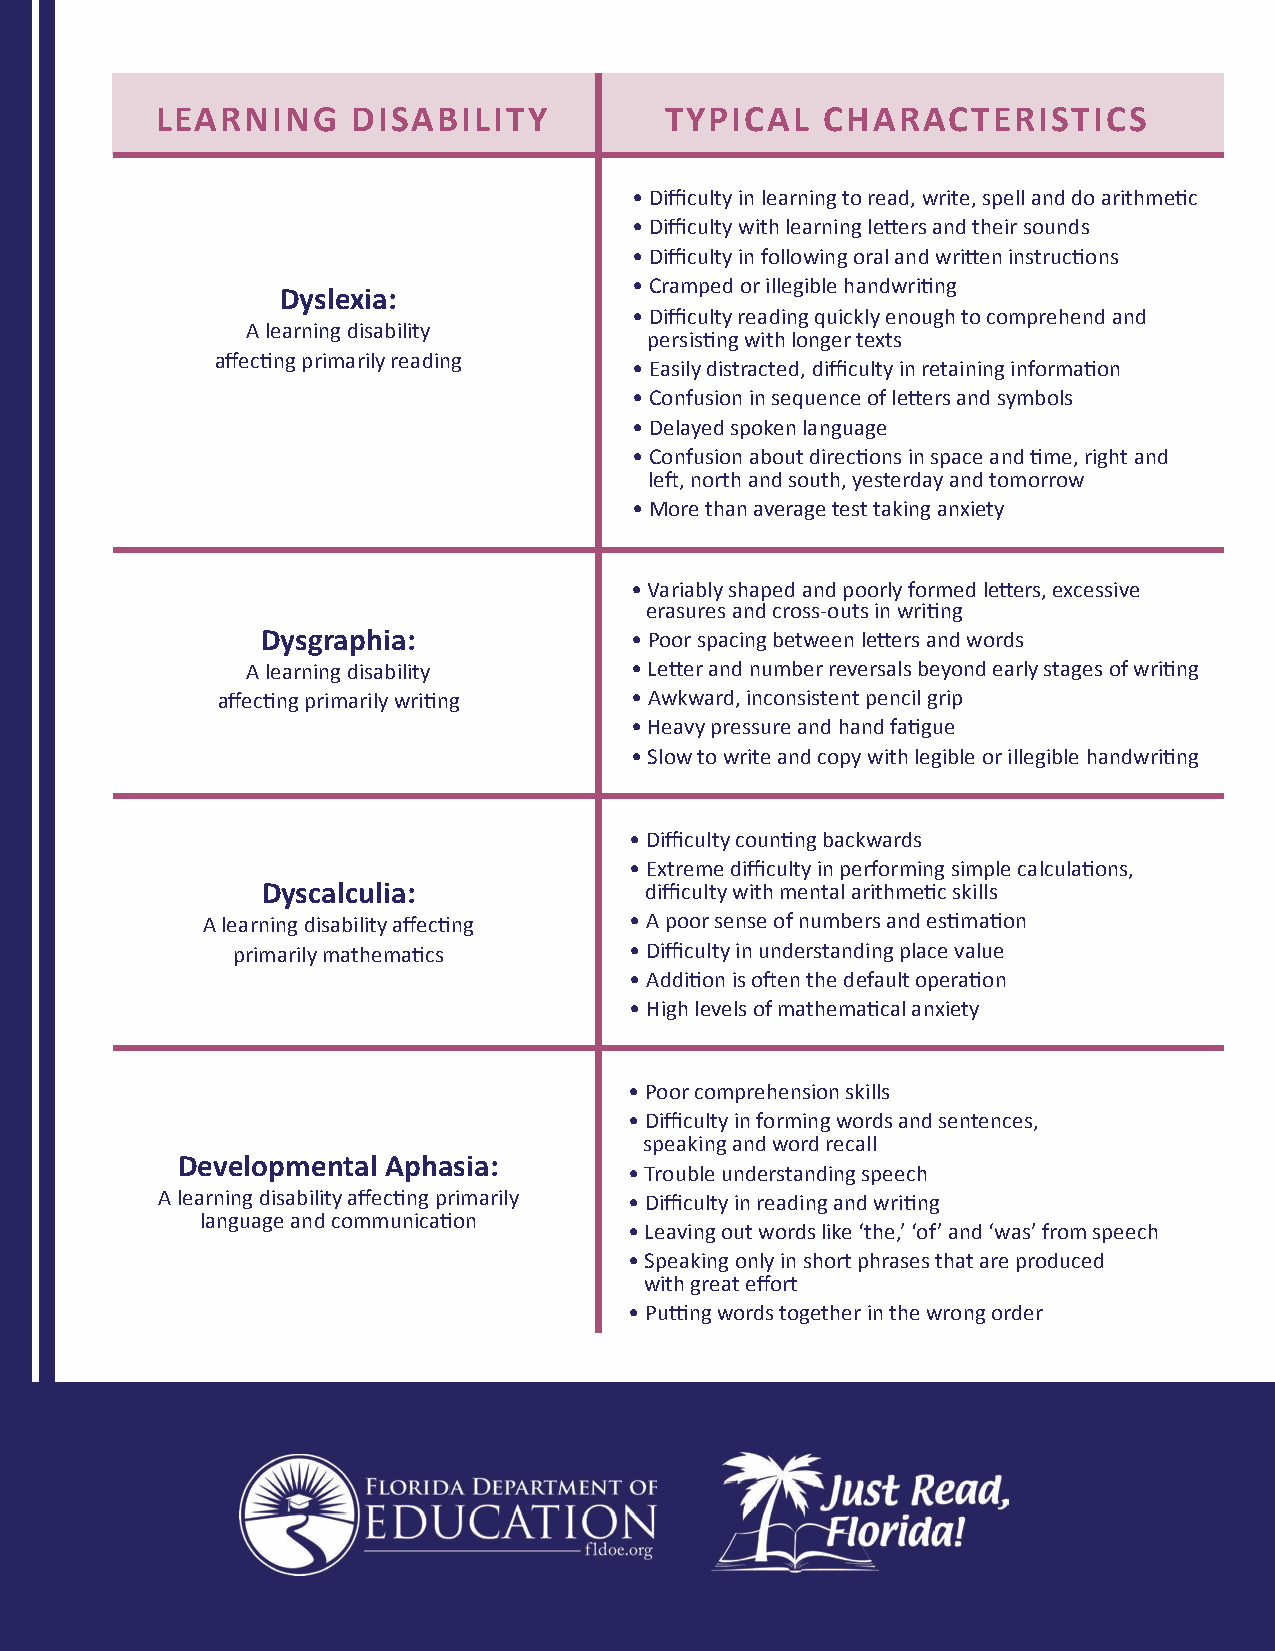
LEARNING     DISABILITY           TYPICAL    CHARACTERISTICS
 • Difficulty in learning to read, write, spell and do arithmetic
 • Difficulty with learning letters and their sounds
 • Difficulty in following oral and written instructions
 • Cramped or illegible handwriting
 Dyslexia:
 • Difficulty reading quickly enough to comprehend and
 A learning disability
 persisting with longer texts
 affecting primarily reading
 • Easily distracted, difficulty in retaining information
 • Confusion in sequence of letters and symbols
 • Delayed spoken language
 • Confusion about directions in space and time, right and
 left, north and south, yesterday and tomorrow
 • More than average test taking anxiety
 • Variably shaped and poorly formed letters, excessive
 erasures and cross-outs in writing
 Dysgraphia:              • Poor spacing between letters and words
 A learning disability     • Letter and number reversals beyond early stages of writing
 affecting primarily writing • Awkward, inconsistent pencil grip
 • Heavy pressure and hand fatigue
 • Slow to write and copy with legible or illegible handwriting
 • Difficulty counting backwards
 • Extreme difficulty in performing simple calculations,
 Dyscalculia:              difficulty with mental arithmetic skills
 A learning disability affecting • A poor sense of numbers and estimation
 primarily mathematics      • Difficulty in understanding place value
 • Addition is often the default operation
 • High levels of mathematical anxiety
 • Poor comprehension skills
 • Difficulty in forming words and sentences,
 speaking and word recall
 Developmental Aphasia:
 • Trouble understanding speech
 A learning disability affecting primarily • Difficulty in reading and writing
 language and communication
 • Leaving out words like ‘the,’ ‘of’ and ‘was’ from speech
 • Speaking only in short phrases that are produced
 with great effort
 • Putting words together in the wrong order